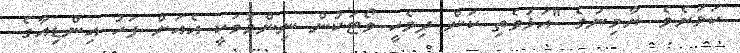
ކަމަށެވެ. ޔާމިނުގެ "އަޅުވެތި ކަން ދިވެހީ ވޯޓަކުން ނިންމުމަކީ އެއަށް ފަހު އިންޑިއާގެ